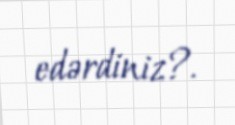
edərdiniz?.